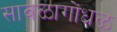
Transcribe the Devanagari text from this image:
सावळागोंधळ